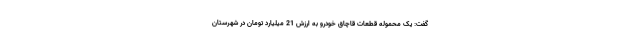
گفت: یک محموله قطعات قاچاق خودرو به ارزش 21 میلیارد تومان در شهرستان